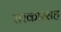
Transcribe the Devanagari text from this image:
सरकारसह